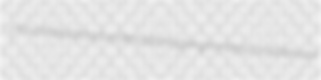
crouch hepaticoduodenostomy ganglionless consistences